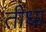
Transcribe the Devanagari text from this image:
तीधा